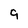
Character: 9